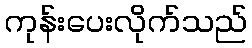
ကုန်းပေးလိုက်သည်